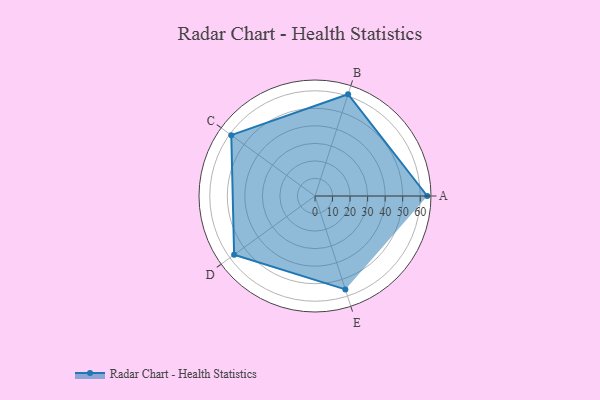
{"axis": {"x": "Skill", "y": "Score"}, "legend": ["Profile"], "data": [{"x": "A", "y": 64.0, "type": "Profile"}, {"x": "B", "y": 61.0, "type": "Profile"}, {"x": "C", "y": 59.0, "type": "Profile"}, {"x": "D", "y": 57.0, "type": "Profile"}, {"x": "E", "y": 56.0, "type": "Profile"}]}